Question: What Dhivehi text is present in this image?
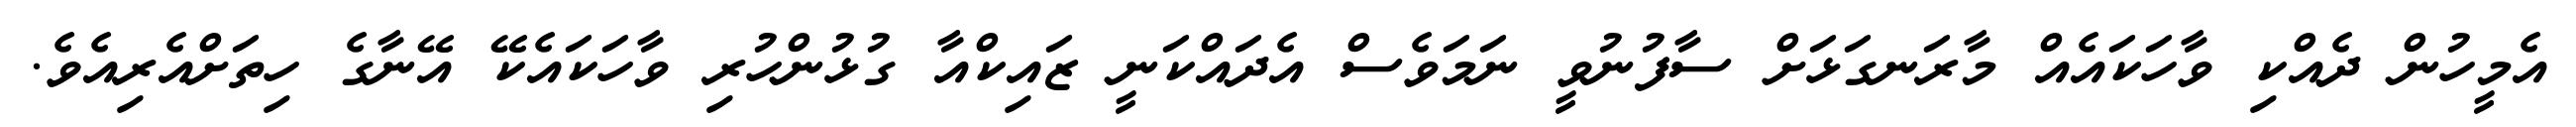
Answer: އެމީހުން ދެއްކި ވާހަކައެއް މާރަނގަޅަށް ސާފުނުވީ ނަމަވެސް އެދައްކަނީ ޒައިކްއާ ގުޅުންހުރި ވާހަކައެކޭ އޭނާގެ ހިތަށްއެރިއެވެ.